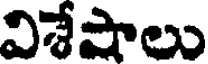
విశేషాలు